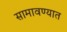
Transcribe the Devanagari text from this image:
सामावण्यात